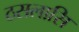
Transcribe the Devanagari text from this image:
ठसलासि